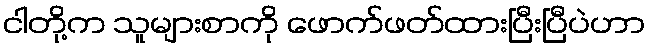
ငါတို့က သူများစာကို ဖောက်ဖတ်ထားပြီးပြီပဲဟာ